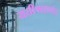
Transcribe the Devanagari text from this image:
यतीश्वरानंद